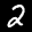
Label: 2